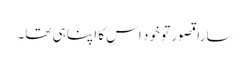
سارا قصور تو خود اس کا اپنا ہی تھا۔